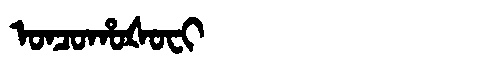
Manchu: ᠣᠨᠴᠣᡥᠣᡧᠣᠸᡳ
Romanization: ONCOHOŠOFI